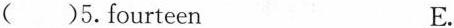
()5.fourteen E.